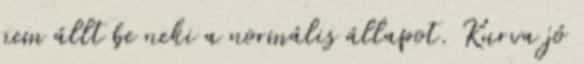
nem állt be neki a normális állapot. Kurva jó